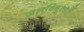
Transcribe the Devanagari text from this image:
जलविद्युत्घरों